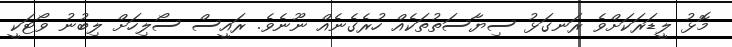
މޮޅު ލީޑަރަކަށްވެ ރަނގަޅު ސިޔާސަތުތަކެއް ހުރެގެނެއް ނޫނެވެ. ރައީސް ސޯލިހަށް ލިބުނު ވޯޓަކީ